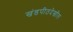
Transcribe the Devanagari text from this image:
खंडपीठदेखील